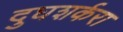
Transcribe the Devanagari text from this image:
दुघशर्करा